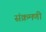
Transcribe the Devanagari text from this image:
संक्रमणी